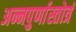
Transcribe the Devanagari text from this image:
अन्नपुर्णास्तोत्रं